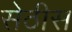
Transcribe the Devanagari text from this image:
सेठीस